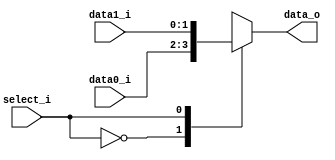
//Subject:     CO project 3 - MUX 221
//--------------------------------------------------------------------------------
//Version:     1
//--------------------------------------------------------------------------------
//Writer:      0616077 0616091
//----------------------------------------------
//----------------------------------------------
//Description: 
//--------------------------------------------------------------------------------
     
module MUX_2to1(
               data0_i,
               data1_i,
               select_i,
               data_o
               );

parameter size = 0;

//I/O ports               
input   [size-1:0] data0_i;
input   [size-1:0] data1_i;
input              select_i;
output  [size-1:0] data_o; 

//Internal Signals
reg     [size-1:0] data_o;

//Main function
always @(*) begin
    case(select_i)
        0: data_o <= data0_i;
        1: data_o <= data1_i;
        // default: data_o <= data0_i;
    endcase
end

endmodule